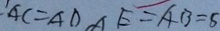
: A C = A D , A E = A B = 5